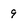
Character: 9